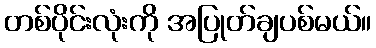
တစ်ပိုင်းလုံးကို အပြုတ်ချပစ်မယ်။